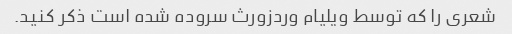
شعری را که توسط ویلیام وردزورث سروده شده است ذکر کنید.